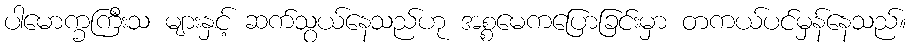
ပါမောက္ခကြီးသ များနှင့် ဆက်သွယ်နေသည်ဟု အစ္စမေကပြောခြင်းမှာ တကယ်ပင်မှန်နေသည်။